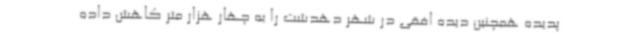
پدیده همچنین دیده افقی در شهر دهدشت را به چهار هزار متر کاهش داده